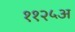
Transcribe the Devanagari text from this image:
११२५अ